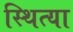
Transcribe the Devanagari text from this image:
स्थित्या